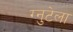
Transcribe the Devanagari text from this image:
ग्नुटेला